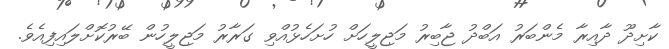
ކާށިދޫ ދާއިރާ މެންބަރު އަބްދު ޖާބިރު މަޖިލީހަށް ހުށަހެޅުއްވި ގަރާރު މަޖިލީހުން ބޭރުކޮށްލައިފިއެވެ.